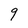
Character: 9